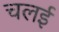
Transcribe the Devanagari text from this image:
चलई